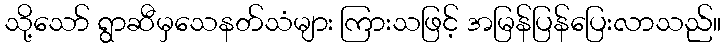
သို့သော် ရွာဆီမှသေနတ်သံများ ကြားသဖြင့် အမြန်ပြန်ပြေးလာသည်။